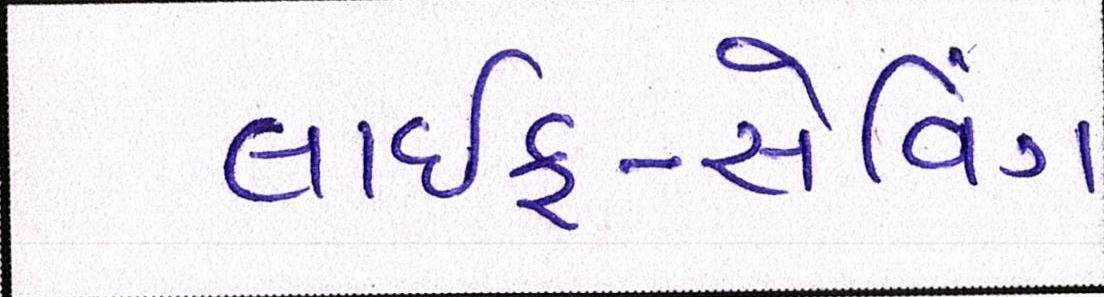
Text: લાઇફ-સેવિંગ